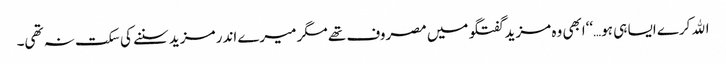
اﷲ کرے ایسا ہی ہو…‘‘ابھی وہ مزید گفتگو میں مصروف تھے مگر میرے اندر مزید سننے کی سکت نہ تھی۔